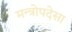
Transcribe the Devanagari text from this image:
मन्त्रोपदेसा